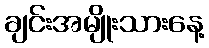
ချင်းအမျိုးသားနေ့